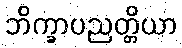
ဘိက္ခာပညတ္တိယာ